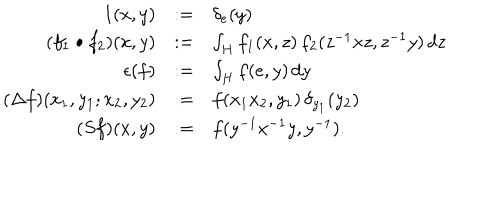
\begin{array} { r c l } { { 1 ( x , y ) } } & { { : = } } & { { \delta _ { e } ( y ) } } \\ { { ( f _ { 1 } \bullet f _ { 2 } ) ( x , y ) } } & { { : = } } & { { \int _ { H } f _ { 1 } ( x , z ) \, f _ { 2 } ( z ^ { - 1 } x z , z ^ { - 1 } y ) \, d z } } \\ { { \epsilon ( f ) } } & { { : = } } & { { \int _ { H } f ( e , y ) \, d y } } \\ { { ( \Delta f ) ( x _ { 1 } , y _ { 1 } ; x _ { 2 } , y _ { 2 } ) } } & { { : = } } & { { f ( x _ { 1 } x _ { 2 } , y _ { 1 } ) \, \delta _ { y _ { 1 } } ( y _ { 2 } ) } } \\ { { ( S f ) ( x , y ) } } & { { : = } } & { { f ( y ^ { - 1 } x ^ { - 1 } y , y ^ { - 1 } ) . } } \\ \end{array}